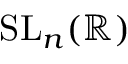
\mathrm { { S L } } _ { n } ( \mathbb { R } )